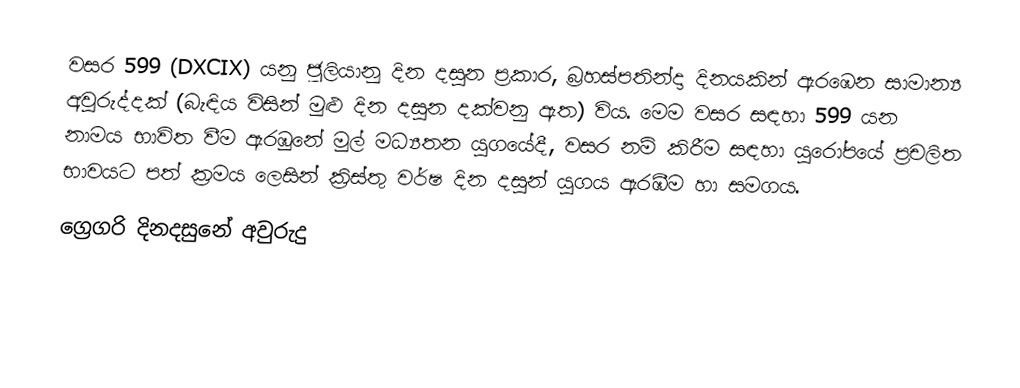
වසර  599 (DXCIX) යනු ජූලියානු දින දසුන ප්‍රකාර,   බ්‍රහස්පතින්දා දිනයකින් ඇරඹෙන සාමාන්‍ය අවුරුද්දක් (බැඳිය විසින් මුළු දින දසුන දක්වනු ඇත) විය. මෙම වසර සඳහා 599 යන නාමය භාවිත වීම ඇරඹුනේ මුල් මධ්‍යතන යුගයේදී, වසර නම් කිරීම සඳහා යුරෝපයේ ප්‍රචලිත භාවයට පත් ක්‍රමය ලෙසින් ක්‍රිස්තු වර්ෂ දින දසුන් යුගය ඇරඹීම හා සමගය.
ග්‍රෙගරි දිනදසුනේ අවුරුදු